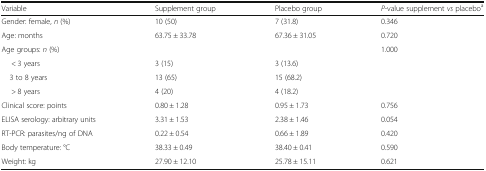
<table><thead><tr><td><b>Variable</b></td><td><b>Supplement group</b></td><td><b>Placebo group</b></td><td><b><i>P</i>-value supplement <i>vs </i>placebo<sup>a</sup></b></td></tr></thead><tbody><tr><td>Gender: female, <i>n</i> (%)</td><td>10 (50)</td><td>7 (31.8)</td><td>0.346</td></tr><tr><td>Age: months</td><td>63.75 ± 33.78</td><td>67.36 ± 31.05</td><td>0.720</td></tr><tr><td>Age groups: <i>n</i> (%)</td><td></td><td></td><td>1.000</td></tr><tr><td>&lt; 3 years</td><td>3 (15)</td><td>3 (13.6)</td><td></td></tr><tr><td> 3 to 8 years</td><td>13 (65)</td><td>15 (68.2)</td><td></td></tr><tr><td>&gt; 8 years</td><td>4 (20)</td><td>4 (18.2)</td><td></td></tr><tr><td>Clinical score: points</td><td>0.80 ± 1.28</td><td>0.95 ± 1.73</td><td>0.756</td></tr><tr><td>ELISA serology: arbitrary units</td><td>3.31 ± 1.53</td><td>2.38 ± 1.46</td><td>0.054</td></tr><tr><td>RT-PCR: parasites/ng of DNA</td><td>0.22 ± 0.54</td><td>0.66 ± 1.89</td><td>0.420</td></tr><tr><td>Body temperature: °C</td><td>38.33 ± 0.49</td><td>38.40 ± 0.41</td><td>0.590</td></tr><tr><td>Weight: kg</td><td>27.90 ± 12.10</td><td>25.78 ± 15.11</td><td>0.621</td></tr></tbody></table>